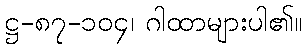
ဋ္ဌ-၈၇-၁၀၄၊ ဂါထာများပါ၏။